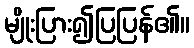
မျိုးပြား၍ပြပြန်၏။